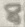
Text: 8